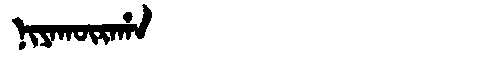
Manchu: ᠨᡳᠶᠠᡴᡡᡵᠠᡥᠠ
Romanization: NIYAKŪRAHA